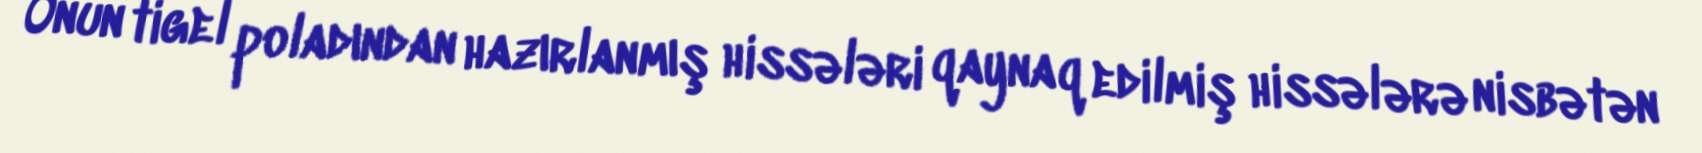
Onun tigel poladından hazırlanmış hissələri qaynaq edilmiş hissələrə nisbətən